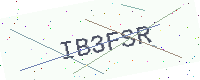
Text: IB3FSR